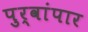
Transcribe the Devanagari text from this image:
पुर्वांपार